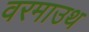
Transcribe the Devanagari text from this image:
वरमाउथ